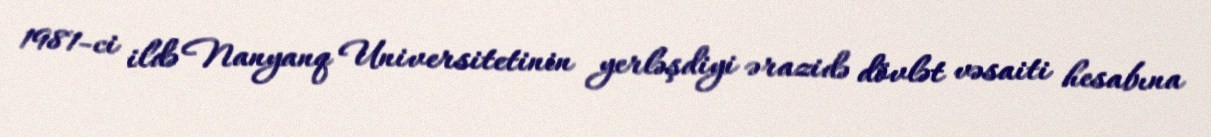
1981-ci ildə Nanyanq Universitetinin yerləşdiyi ərazidə dövlət vəsaiti hesabına